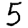
Digit: 5